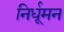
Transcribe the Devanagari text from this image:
निर्धूमन